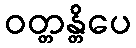
ဝတ္တန္တိပေ